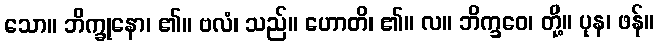
သော။ ဘိက္ခုနော၊ ၏။ ဗလံ၊ သည်။ ဟောတိ၊ ၏။ လ။ ဘိက္ခဝေ၊ တို့။ ပုန၊ ဖန်။